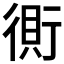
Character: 𰳫